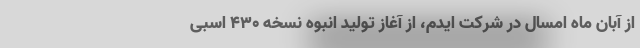
از آبان ماه امسال در شرکت ایدم، از آغاز تولید انبوه نسخه ۴۳۰ اسبی